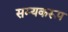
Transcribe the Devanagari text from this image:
सम्यकरूप